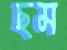
ছম